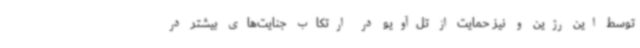
توسط این رژین و نیز حمایت از تل‌آویو در ارتکاب جنایت‌های بیشتر در